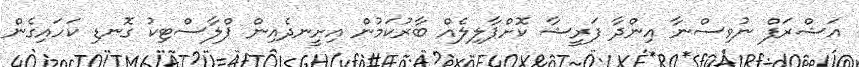
އަޝްރަފް ނުވިސްނާ އިންދާ ފަރީޝާ ކޮށްޕާލިލެއް ބާރުކަމުން އިށީނދެއިން ޕްލާސްޓިކު ގޮނޑި ކަހައިގެން